Vaccination in the Punjab 1897-1904 - 1897-1904
Year: 1897
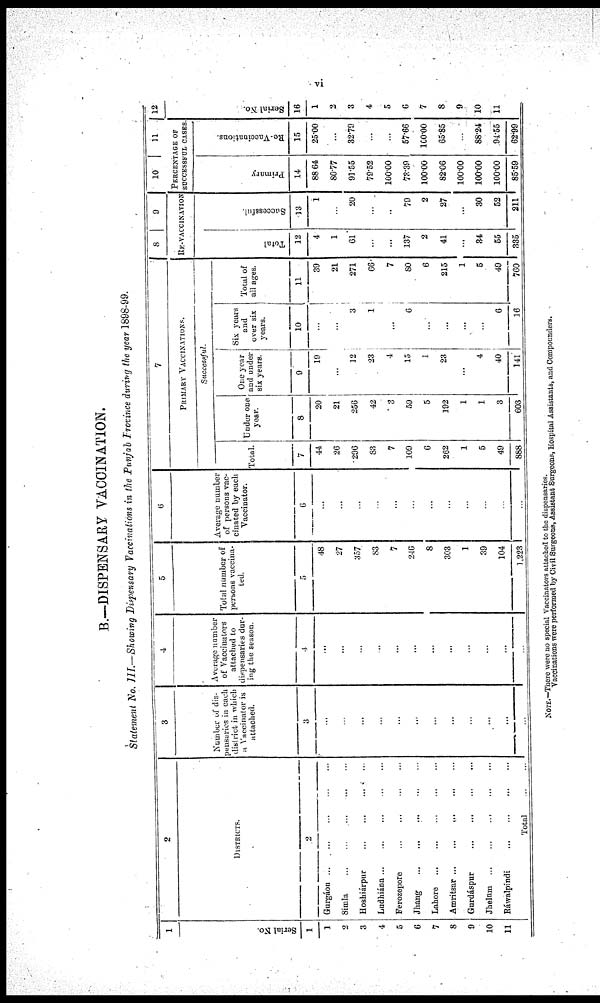
vi
B.—DISPENSARY VACCINATION.
Statement No. III.—Showing Dispensary Vaccinations in the Punjab Province during the year 1898-99.
1
Serial No.
1
1
2
3
4
5
6
7
8
9
10
11
2
DISTRICTS.
2
Gurgáon ... ... ... ... ...
Simla
...
...
...
...
...
Hoshiárpur
...
...
...
...
Ludhiána
...
...
...
...
...
Ferozepore
...
...
...
...
Jhang
...
...
...
...
Lahore ... ... ... ... ...
Amritsar
...
...
...
...
...
Gurdáspur
...
...
...
...
Jhelum
...
...
...
...
...
Ráwalpindi
...
...
...
...
Total ...
3
Number of dis-
prensaries in each
district in which
at Vaccinator is
attached.
3
...
...
...
...
...
...
...
...
...
...
...
...
4
Average number
of Vaccinators
attached to
dispensaries dur-
ing the season
4
...
...
...
...
...
...
...
...
...
...
...
...
5
Total number of
persons vaccina-
ted
5
48
27
357
83
7
246
8
303
1
39
104
1,223
6
Average number
of persons vac-
cinated by each
Vaccinator.
6
...
...
...
...
...
...
...
...
...
...
...
...
7
PRIMARY VACCINATIONS.
Successful
Total.
7
44
26
296
83
7
109
6
262
1
5
49
888
Under one
year.
8
20
21
256
42
3
59
5
192
1
1
3
603
One year
and under
six years.
9
19
...
12
23
4
15
1
23
...
4
40
141
Six years
and
over six
years.
10
...
...
3
1
...
6
...
...
...
...
6
16
Total of
all ages.
11
39
21
271
66
7
80
6
215
1
5
49
760
8 9
RE-VACCINATION
Total
12
4
1
61
...
...
137
2
41
...
34
55
335
Successful
13
1
...
20
...
...
79
2
27
...
30
52
211
10
11
PERCENTAGE OF
SUCCESSFUL CASES
Primary
14
88.64
80.77
91.55
79.52
100.00
73.39
100.00
82.06
100.00
100.00
100.00
85.59
Re-Vaccinations.
15
25.00
...
32.79
...
...
57.66
100.00
65.85
...
88.24
94.55
62.99
12
Serial No.
16
1
2
3
4
5
6
7
8
9
10
11
NOTE.—There were no special Vaccinators attached to the dispensaries.
Vaccinations were performed by Civil Surgeons, Assistant Surgeons, Hospital Assistants, and Compounders.